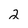
Character: 2